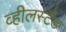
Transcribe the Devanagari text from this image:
व्हीलस्टैंड